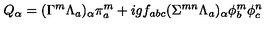
Q _ { \alpha } = ( \Gamma ^ { m } \Lambda _ { a } ) _ { \alpha } \pi _ { a } ^ { m } + i g f _ { a b c } ( \Sigma ^ { m n } \Lambda _ { a } ) _ { \alpha } \phi _ { b } ^ { m } \phi _ { c } ^ { n }